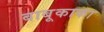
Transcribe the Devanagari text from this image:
बाबूकाका